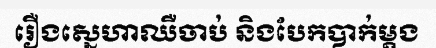
រឿងស្នេហាឈឺចាប់ និងបែកបាក់ម្តង